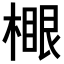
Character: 𣙧